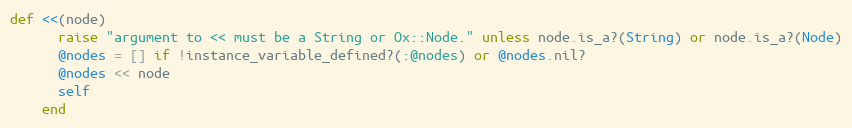
Language: Ruby
def <<(node)
      raise "argument to << must be a String or Ox::Node." unless node.is_a?(String) or node.is_a?(Node)
      @nodes = [] if !instance_variable_defined?(:@nodes) or @nodes.nil?
      @nodes << node
      self
    end